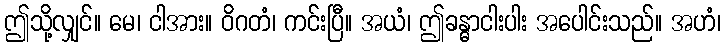
ဤသို့လျှင်။ မေ၊ ငါအား။ ဝိဂတံ၊ ကင်းပြီ။ အယံ၊ ဤခန္ဓာငါးပါး အပေါင်းသည်။ အဟံ၊